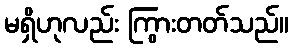
မရှိဟုလည်း ကြွားတတ်သည်။